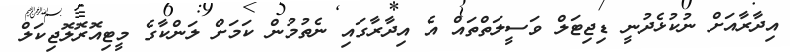
އިދާރާއަށް ނުކުޅެދުނީ ޑިޖިޓަލް ވަސީލަތްތައް އެ އިދާރާގައި ނެތުމުން ކަމަށް ލަންކާގެ މީޓިއޮރޮލޮޖިކަލް